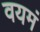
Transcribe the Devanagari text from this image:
वयमं